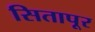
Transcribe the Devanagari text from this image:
सितापूर